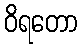
ဝိရတော